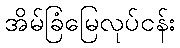
အိမ်ခြံမြေလုပ်ငန်း